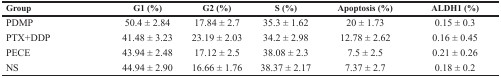
| Group | G1 (%) | G2 (%) | S (%) | Apoptosis (%) | ALDH1 (%) |
 | --- | --- | --- | --- | --- | --- |
 | PDMP | 50.4 ± 2.84 | 17.84 ± 2.7 | 35.3 ± 1.62 | 20 ± 1.73 | 0.15 ± 0.3 |
 | PTX+DDP | 41.48 ± 3.23 | 23.19 ± 2.03 | 34.2 ± 2.98 | 12.78 ± 2.62 | 0.16 ± 0.45 |
 | PECE | 43.94 ± 2.48 | 17.12 ± 2.5 | 38.08 ± 2.3 | 7.5 ± 2.5 | 0.21 ± 0.26 |
 | NS | 44.94 ± 2.90 | 16.66 ± 1.76 | 38.37 ± 2.17 | 7.37 ± 2.7 | 0.18 ± 0.2 |